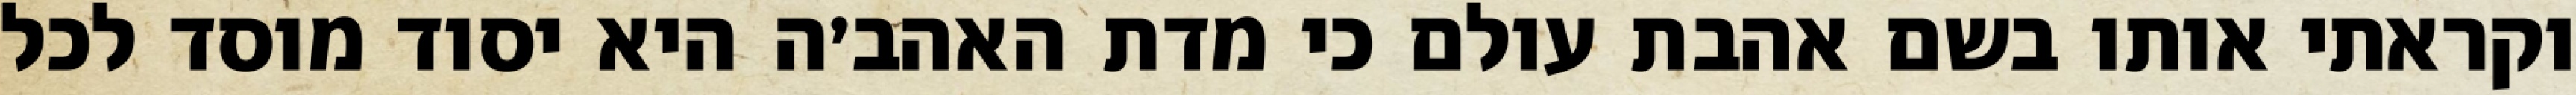
וקראתי אותו בשם אהבת עולם כי מדת האהב׳ה היא יסוד מוסד לכל